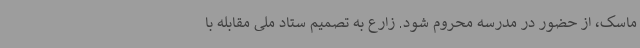
ماسک، از حضور در مدرسه محروم شود. زارع به تصمیم ستاد ملی مقابله با